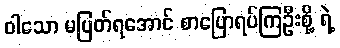
ဝါသော မပြတ်ရအောင် စာပြောရပ်ကြဦးစို့ ရဲ့